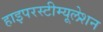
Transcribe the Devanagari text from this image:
हाइपरस्टीम्यूलेशन